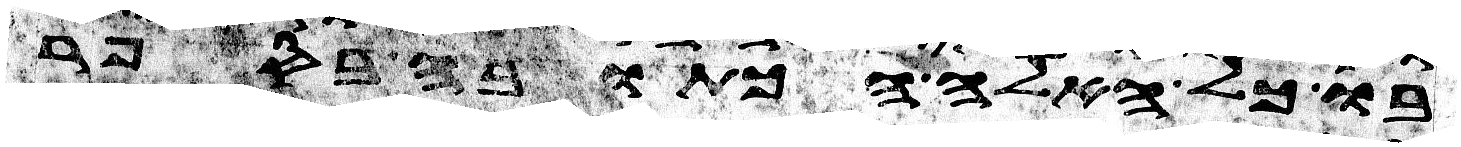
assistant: בו כל האלה הכתובה בספר